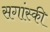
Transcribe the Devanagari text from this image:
सगांस्की